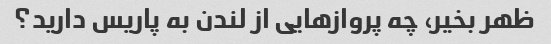
ظهر بخیر، چه پروازهایی از لندن به پاریس دارید؟